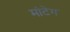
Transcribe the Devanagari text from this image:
मांटेग